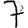
Digit: 7